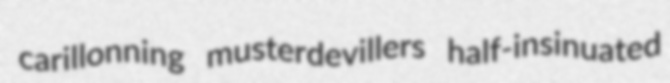
carillonning musterdevillers half-insinuated